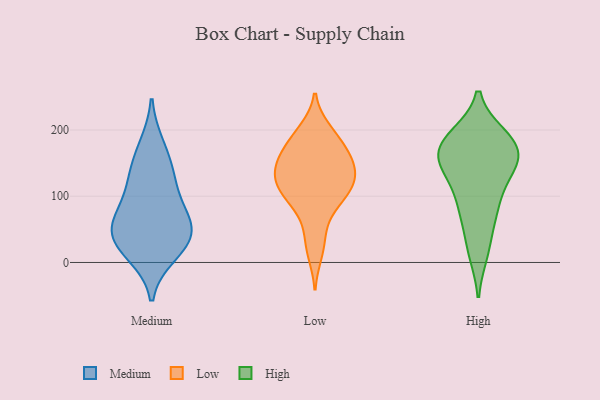
{"axis": {"x": "Net Income (USD K)", "y": "Value"}, "legend": ["High", "Low", "Medium"], "data": [{"x": "", "y": 34, "type": "Medium"}, {"x": "", "y": 54, "type": "Medium"}, {"x": "", "y": 124, "type": "Medium"}, {"x": "", "y": 50, "type": "Medium"}, {"x": "", "y": 175, "type": "Medium"}, {"x": "", "y": 14, "type": "Medium"}, {"x": "", "y": 92, "type": "Medium"}, {"x": "", "y": 28, "type": "Medium"}, {"x": "", "y": 140, "type": "Medium"}, {"x": "", "y": 66, "type": "Medium"}, {"x": "", "y": 184, "type": "Low"}, {"x": "", "y": 65, "type": "Low"}, {"x": "", "y": 14, "type": "Low"}, {"x": "", "y": 148, "type": "Low"}, {"x": "", "y": 122, "type": "Low"}, {"x": "", "y": 125, "type": "Low"}, {"x": "", "y": 135, "type": "Low"}, {"x": "", "y": 197, "type": "Low"}, {"x": "", "y": 200, "type": "Low"}, {"x": "", "y": 94, "type": "Low"}, {"x": "", "y": 34, "type": "Low"}, {"x": "", "y": 155, "type": "Low"}, {"x": "", "y": 116, "type": "Low"}, {"x": "", "y": 170, "type": "Low"}, {"x": "", "y": 170, "type": "Low"}, {"x": "", "y": 109, "type": "Low"}, {"x": "", "y": 147, "type": "Low"}, {"x": "", "y": 104, "type": "Low"}, {"x": "", "y": 94, "type": "Low"}, {"x": "", "y": 144, "type": "Low"}, {"x": "", "y": 164, "type": "High"}, {"x": "", "y": 158, "type": "High"}, {"x": "", "y": 191, "type": "High"}, {"x": "", "y": 77, "type": "High"}, {"x": "", "y": 15, "type": "High"}, {"x": "", "y": 21, "type": "High"}, {"x": "", "y": 129, "type": "High"}, {"x": "", "y": 190, "type": "High"}, {"x": "", "y": 86, "type": "High"}, {"x": "", "y": 190, "type": "High"}, {"x": "", "y": 100, "type": "High"}, {"x": "", "y": 159, "type": "High"}, {"x": "", "y": 155, "type": "High"}, {"x": "", "y": 143, "type": "High"}, {"x": "", "y": 137, "type": "High"}, {"x": "", "y": 175, "type": "High"}, {"x": "", "y": 66, "type": "High"}, {"x": "", "y": 181, "type": "High"}]}